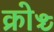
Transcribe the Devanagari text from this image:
क्रोञ्च